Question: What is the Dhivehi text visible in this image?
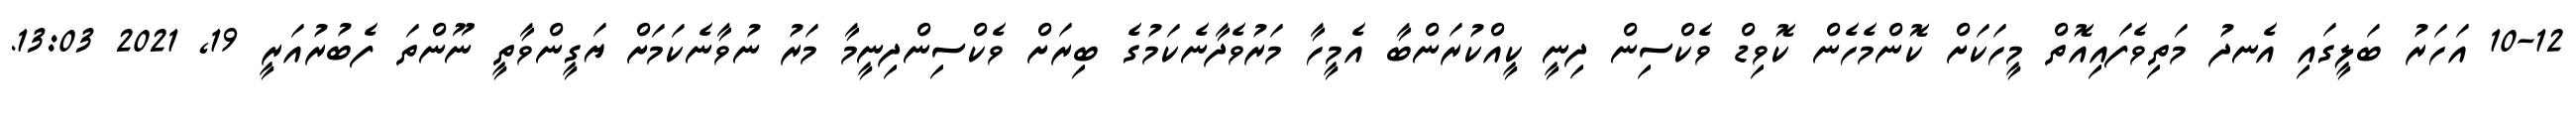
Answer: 10-12 އަހަރު ބަލީގައި އެނދު މަތިވެފައިއޮތް މީހަކަށް ކޮންމެހެން ކޮވިޑް ވެކްސިން ދިނީ ކީއްކުރަންބާ އެމީހާ މަރުވެދާނެކަމުގެ ބިރަށް ވެކްސިންދިނީމާ މަރު ނުވާނެކަމަށް ޔަގީންވާތީ ނޫންތަ ފެބުރުއަރީ 19, 2021 13:03.